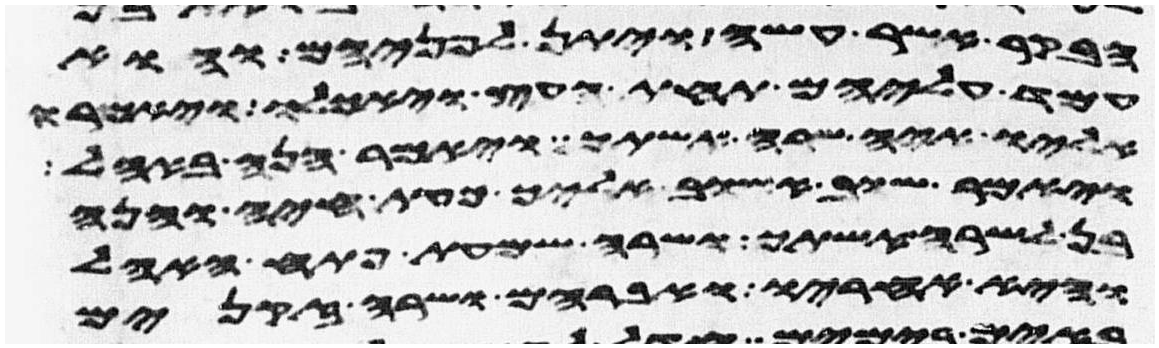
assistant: הבקר אשר עשה ויתן לפניהם והוא
עמד עליהם תחת העץ ויאכלו ויאמרו
אליו איה שרה אשתך ויאמר הנה באהל
ויאמר שוב אשוב אליך כעת חיה והנה
בן לשרה אשתך ושרה שמעת פתח האהל
והיא אחריו ואברהם ושרה זקנים